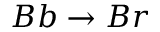
B b \rightarrow B r